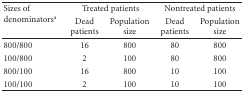
<table><thead><tr><td rowspan="2"><b>Sizes of denominators<sup>a</sup></b></td><td colspan="2"><b>Treated patients</b></td><td colspan="2"><b>Nontreated patients</b></td></tr><tr><td><b>Dead patients</b></td><td><b>Population size</b></td><td><b>Dead patients</b></td><td><b>Population size</b></td></tr></thead><tbody><tr><td>800/800</td><td>16</td><td>800</td><td>80</td><td>800</td></tr><tr><td>100/800</td><td>2</td><td>100</td><td>80</td><td>800</td></tr><tr><td>800/100</td><td>16</td><td>800</td><td>10</td><td>100</td></tr><tr><td>100/100</td><td>2</td><td>100</td><td>10</td><td>100</td></tr></tbody></table>